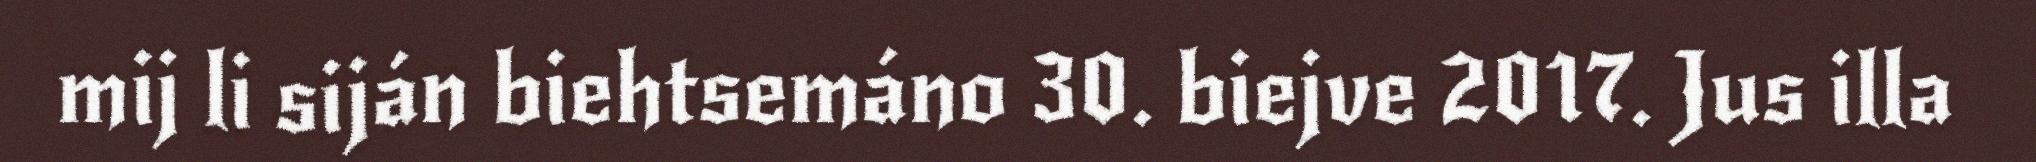
mij li siján biehtsemáno 30. biejve 2017. Jus illa